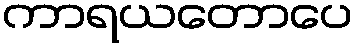
ကာရယတောပေ